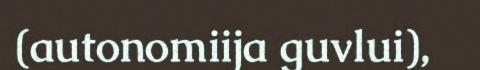
(autonomiija guvlui),